Vaccination Hyderabad 1872-1889 - 1872-1889
Year: 1872
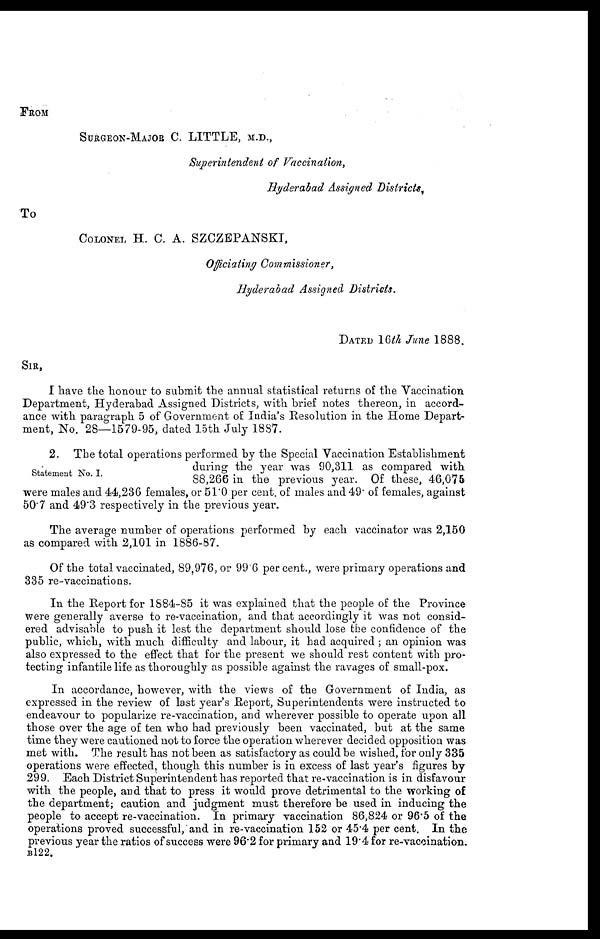
FROM
SURGEON-MAJOR C. LITTLE, M.D.,
Superintendent of Vaccination,
Hyderabad Assigned Districts,
To
COLONEL H. C. A. SZCZEPANSKI,
Officiating Commissioner,
Hyderabad Assigned Districts.
DATED 16th June 1888.
SIR,
I have the honour to submit the annual statistical returns of the Vaccination
Department, Hyderabad Assigned Districts, with brief notes thereon, in accord-
ance with paragraph 5 of Government of India's Resolution in the Home Depart-
ment, No. 28—1579-95, dated 15th July 1887.
Statement No. I.
2. The total operations performed by the Special Vaccination Establishment
during the year was 90,311 as compared with
88,266 in the previous year. Of these, 46,075
were males and 44,236 females, or 51.0 per cent. of males and 49. of females, against
50.7 and 49.3 respectively in the previous year.
The average number of operations performed by each vaccinator was 2,150
as compared with 2,101 in 1886-87.
Of the total vaccinated, 89,976, or 99.6 per cent., were primary operations and
335 re-vaccinations.
In the Report for 1884-85 it was explained that the people of the Province
were generally averse to re-vaccination, and that accordingly it was not consid-
ered advisable to push it lest the department should lose the confidence of the
public, which, with much difficulty and labour, it had acquired ; an opinion was
also expressed to the effect that for the present we should rest content with pro-
tecting infantile life as thoroughly as possible against the ravages of small-pox.
In accordance, however, with the views of the Government of India, as
expressed in the review of last year's Report, Superintendents were instructed to
endeavour to popularize re-vaccination, and wherever possible to operate upon all
those over the age of ten who had previously been vaccinated, but at the same
time they were cautioned not to force the operation wherever decided opposition was
met with. The result has not been as satisfactory as could be wished, for only 335
operations were effected, though this number is in excess of last year's figures by
299. Each District Superintendent has reported that re-vaccination is in disfavour
with the people, and that to press it would prove detrimental to the working of
the department; caution and judgment must therefore be used in inducing the
people to accept re-vaccination. In primary vaccination 86,824 or 96.5 of the
operations proved successful, and in re-vaccination 152 or 45.4 per cent. In the
previous year the ratios of success were 96.2 for primary and 19.4 for re-vaccination.
B122.